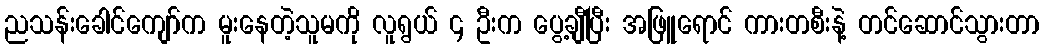
ညသန်းခေါင်ကျော်က မူးနေတဲ့သူမကို လူရွယ် ၄ ဦးက ပွေ့ချီပြီး အဖြူရောင် ကားတစီးနဲ့ တင်ဆောင်သွားတာ